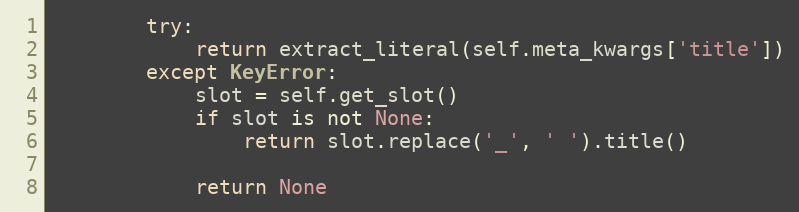
Language: Python
        try:
            return extract_literal(self.meta_kwargs['title'])
        except KeyError:
            slot = self.get_slot()
            if slot is not None:
                return slot.replace('_', ' ').title()

            return None